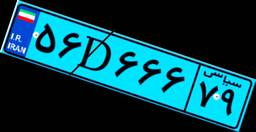
۵۶D۶۶۶۷۹